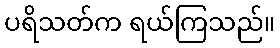
ပရိသတ်က ရယ်ကြသည်။